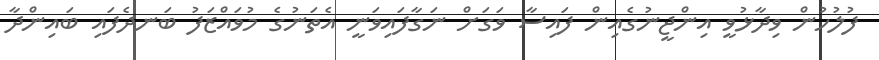
ފުލުހުން ވިދާޅުވީ އިންޖީނުގެއިން ފައިސާ ވަގަށް ނަގާފައިވަނީ އެތަނުގެ މުވައްޒަފު ބަނދެފައި ބައިންދާ